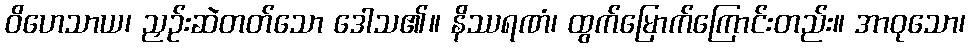
ဝိဟေသာယ၊ ညှဉ်းဆဲတတ်သော ဒေါသ၏။ နိဿရဏံ၊ ထွက်မြောက်ကြောင်းတည်း။ အာဝုသော၊